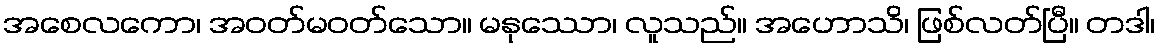
အစေလကော၊ အဝတ်မဝတ်သော။ မနုဿော၊ လူသည်။ အဟောသိ၊ ဖြစ်လတ်ပြီ။ တဒါ၊